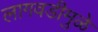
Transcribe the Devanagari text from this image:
लागवडीमुळे